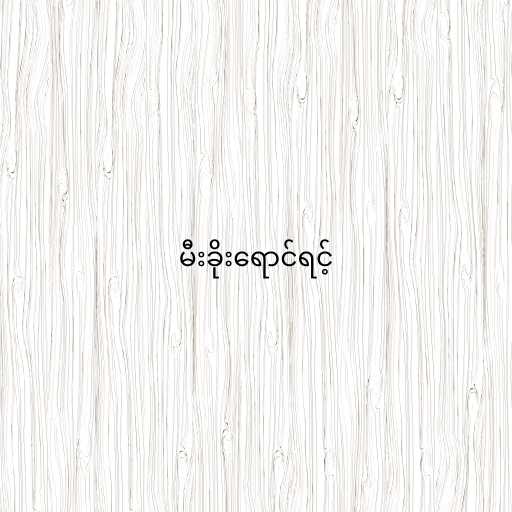
မီးခိုးရောင်ရင့်